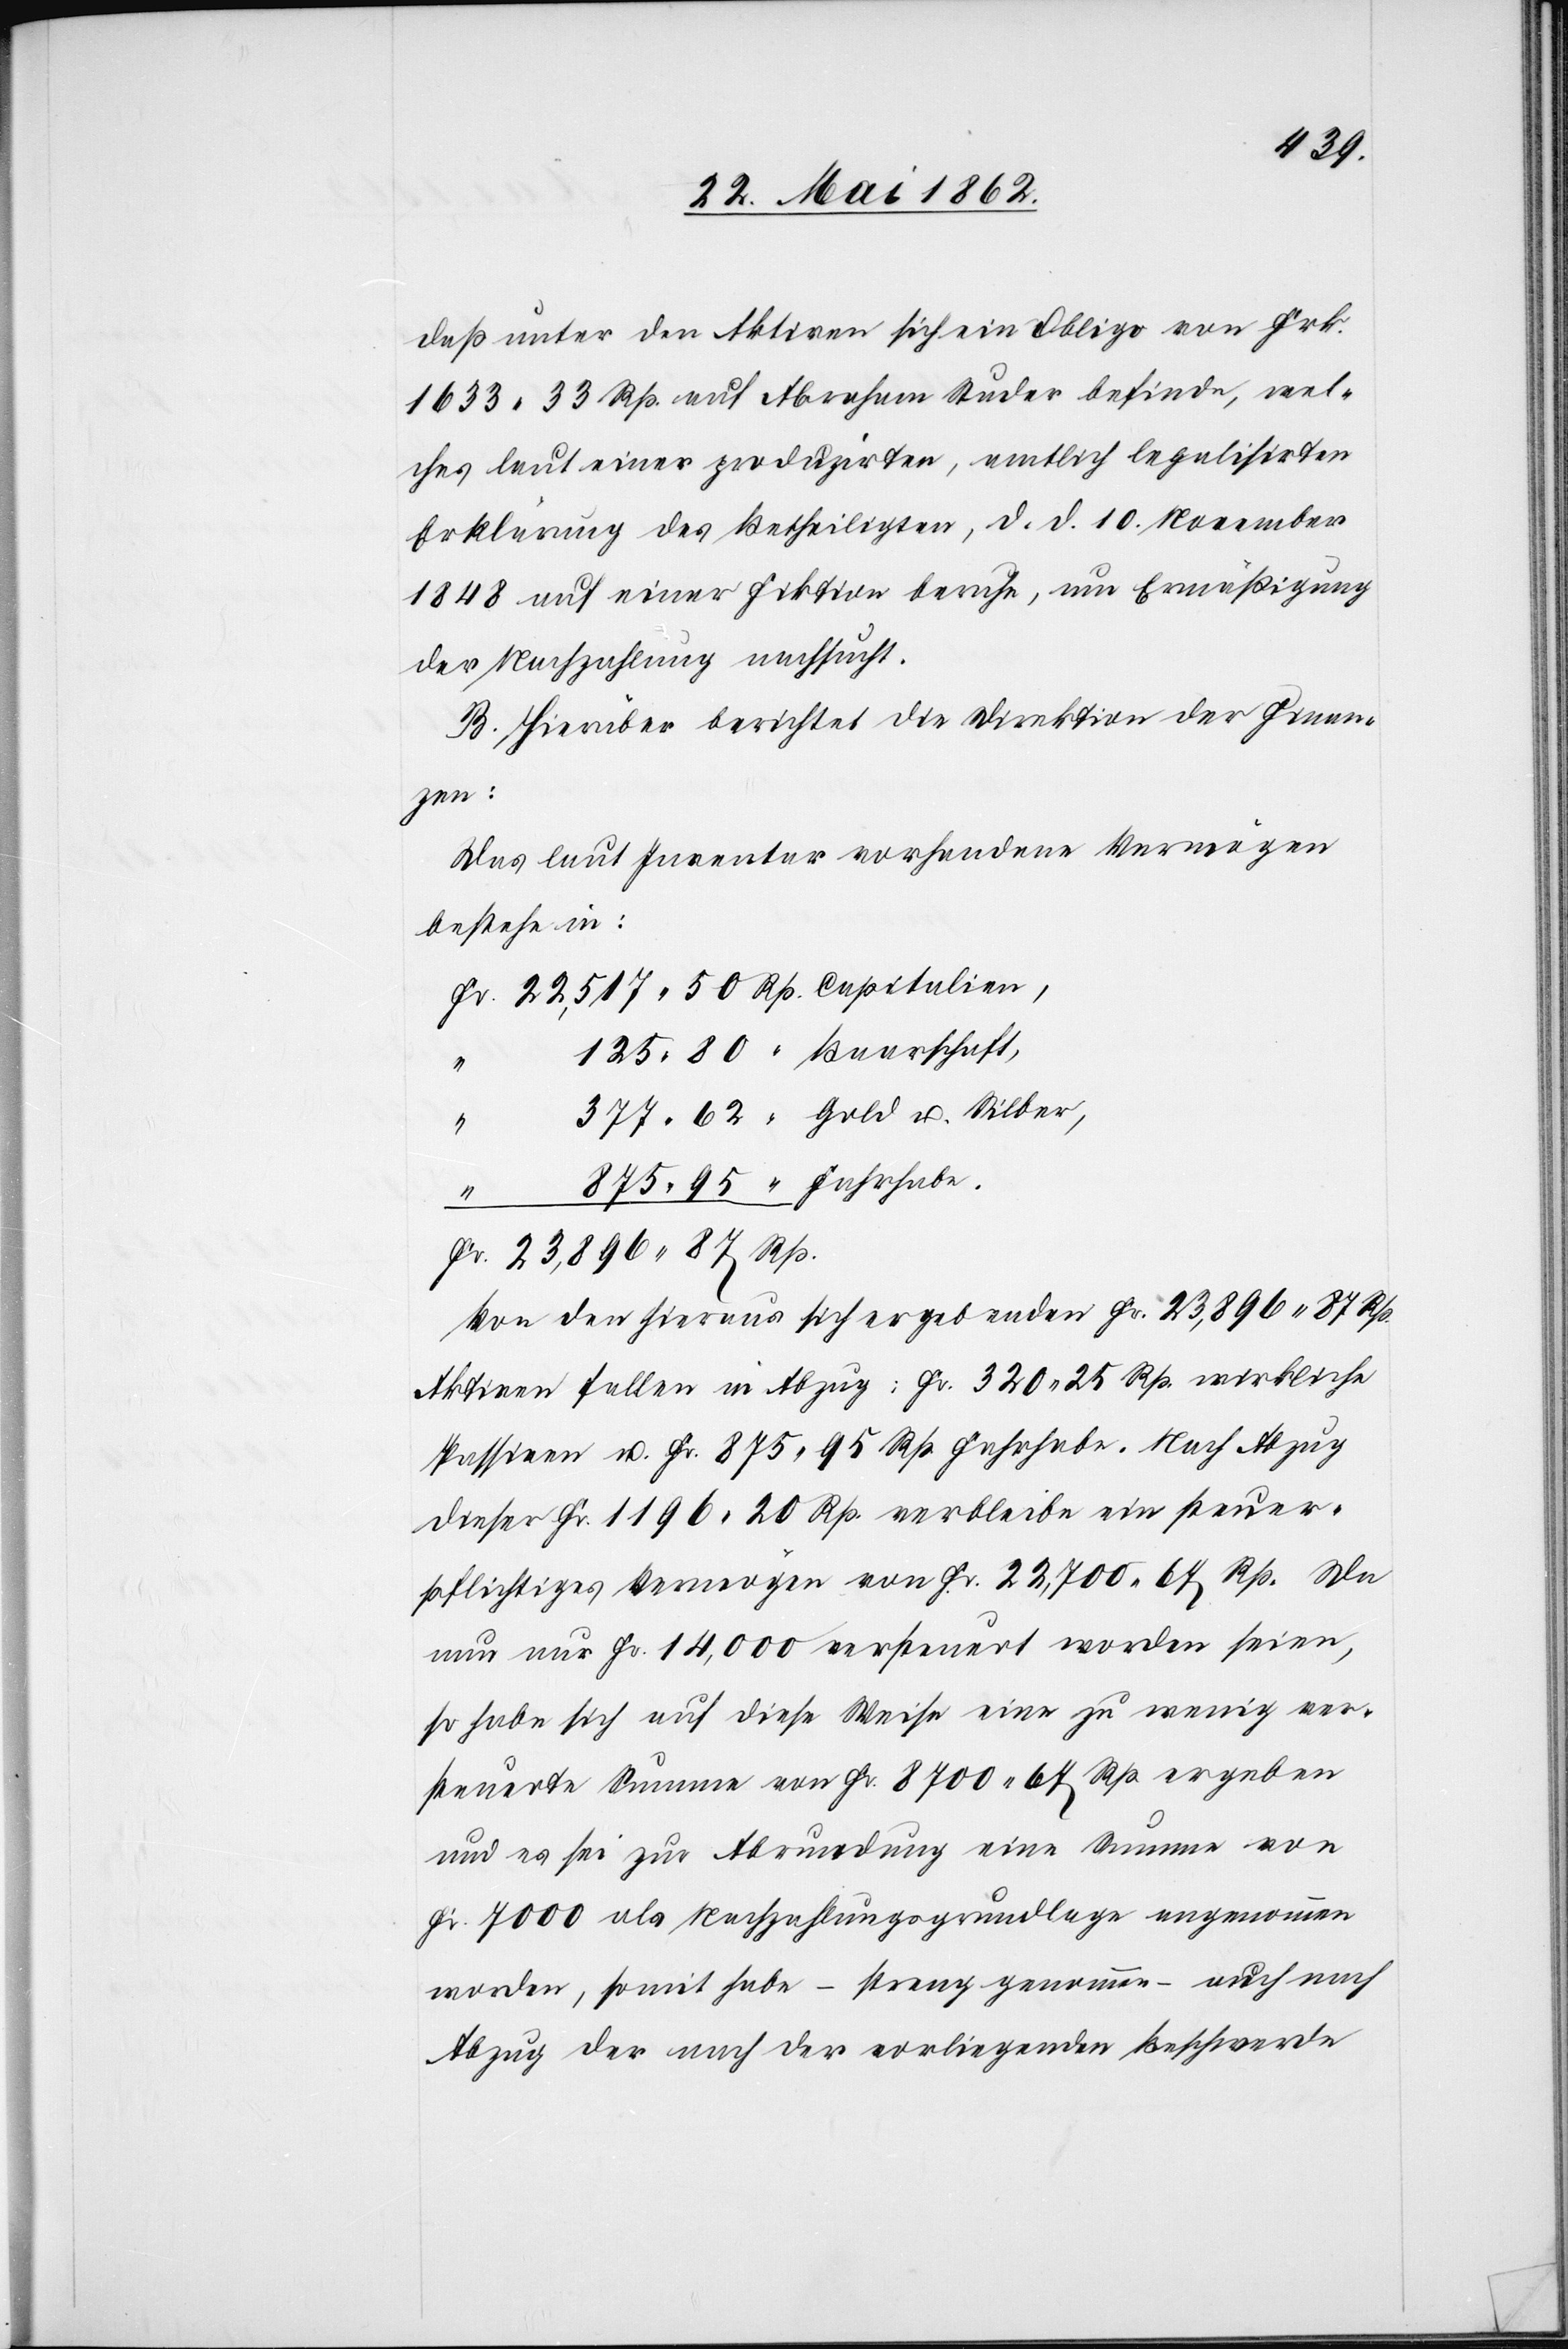
daß unter den Aktiven sich ein Obligo von Frk.
1633 33 Rp. auf Abraham Studer befinde, wel¬
ches laut einer produzirten, amtlich legalisirten
Erklärung des Betheiligten, d. d. 10. November
1848 auf einer Fiktion beruhe, um Ermäßigung
der Nachzahlung nachsucht.
B. Hierüber berichtet die Direktion der Finan¬
zen:
Das laut Inventar vorhandene Vermögen
bestehe in:
u.
Von den hieraus sich ergebenden Fr. 23,896 87 Rp.
Aktiven fallen in Abzug: Fr. 320 25 Rp. wirkliche
Passiven u. Fr. 875 95 Rp. Fahrhabe. Nach Abzug
dieser Fr. 1196 20 Rp. verbleibe ein steuer¬
pflichtiges Vermögen von Fr. 22,700 67 Rp. Da
nun nur Fr. 14,000 versteuert worden seien,
so habe sich auf diese Weise eine zu wenig ver¬
steuerte Summe von Fr. 8700 67 Rp. ergeben
und es sei zur Abrundung eine Summe von
Fr. 7000 als Nachzahlungsgrundlage angenommen
worden, somit habe – streng genommen – auch nach
Abzug der nach der vorliegenden Beschwerde